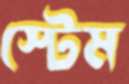
স্টেম